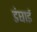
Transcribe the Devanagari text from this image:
डंघाई